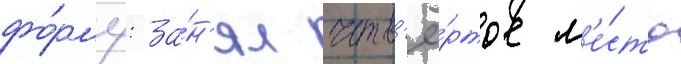
фо́рму: за́н'ял четв'ё́ртое м'е́сто